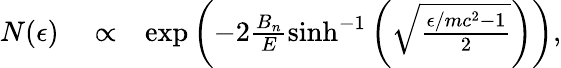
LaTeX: \begin{array}{rlr}{N(\epsilon)}&{{}\propto}&{\exp\left(-2\frac{B_{n}}{E}\mathrm{sinh}^{-1}\left(\sqrt{\frac{\epsilon/mc^{2}-1}{2}}\right)\right),}\end{array}